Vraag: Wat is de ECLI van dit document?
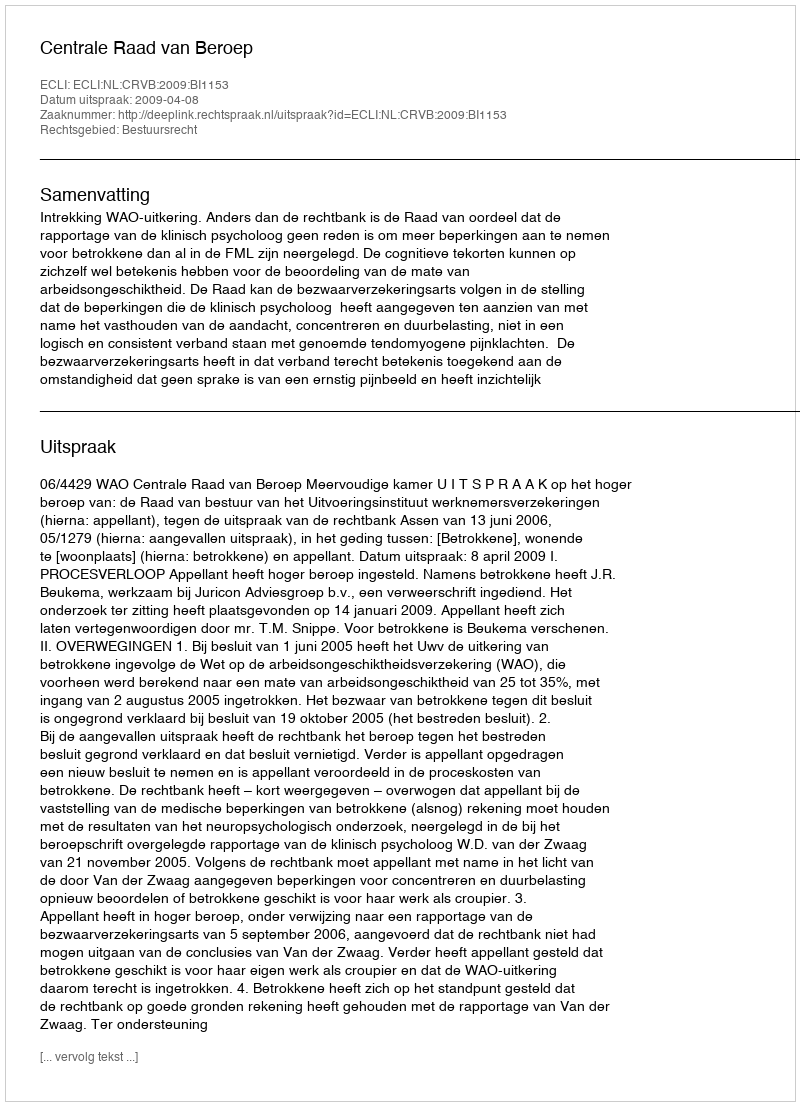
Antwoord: ECLI:NL:CRVB:2009:BI1153